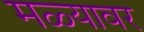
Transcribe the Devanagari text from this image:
मळ्यावर